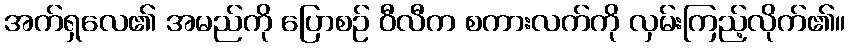
အက်ရှလေ၏ အမည်ကို ပြောစဉ် ဝီလီက စကားလက်ကို လှမ်းကြည့်လိုက်၏။